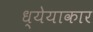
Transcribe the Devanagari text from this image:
ध्येयाकार